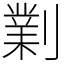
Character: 𠟪